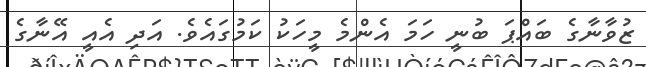
ޒުވާނާގެ ބައްޕަ ބުނީ ހަމަ އެންމެ މީހަކު ކަމުގައެވެ. އަދި އެއީ އޭނާގެ